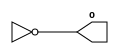
// 
// ox
module oscillator (o);
    output o;
    wire a,b;
    assign b = !a;
    assign o = !b | 0; // | 0 oz
    assign a = !b;
endmodule